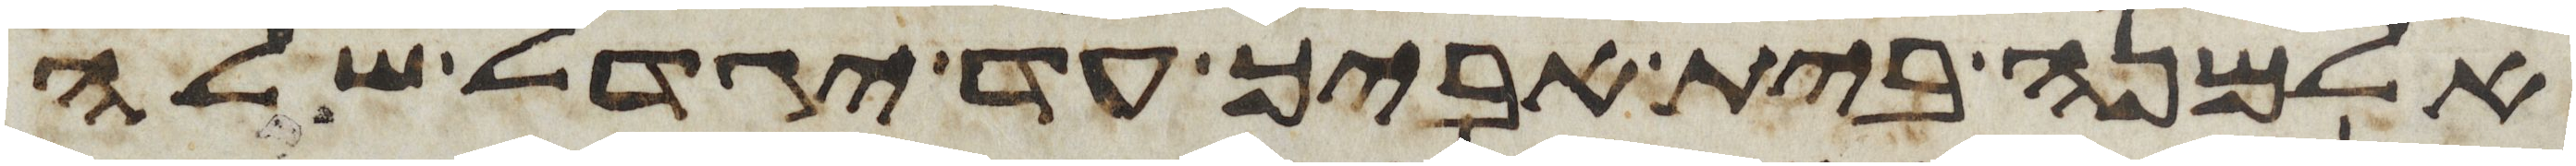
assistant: אלמנה בית אביך עד יגדל שלה